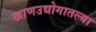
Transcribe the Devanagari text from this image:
खाणउद्योगातल्या